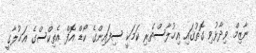
ނާޒިމް ވިދާޅުވި ގޮތުގައި އިޚުލާސްތެރި ކަމަކީ ސިފައިންގެ ކޯޑް އޮފް އެތިކްސްގެ އަޚުލާގީ